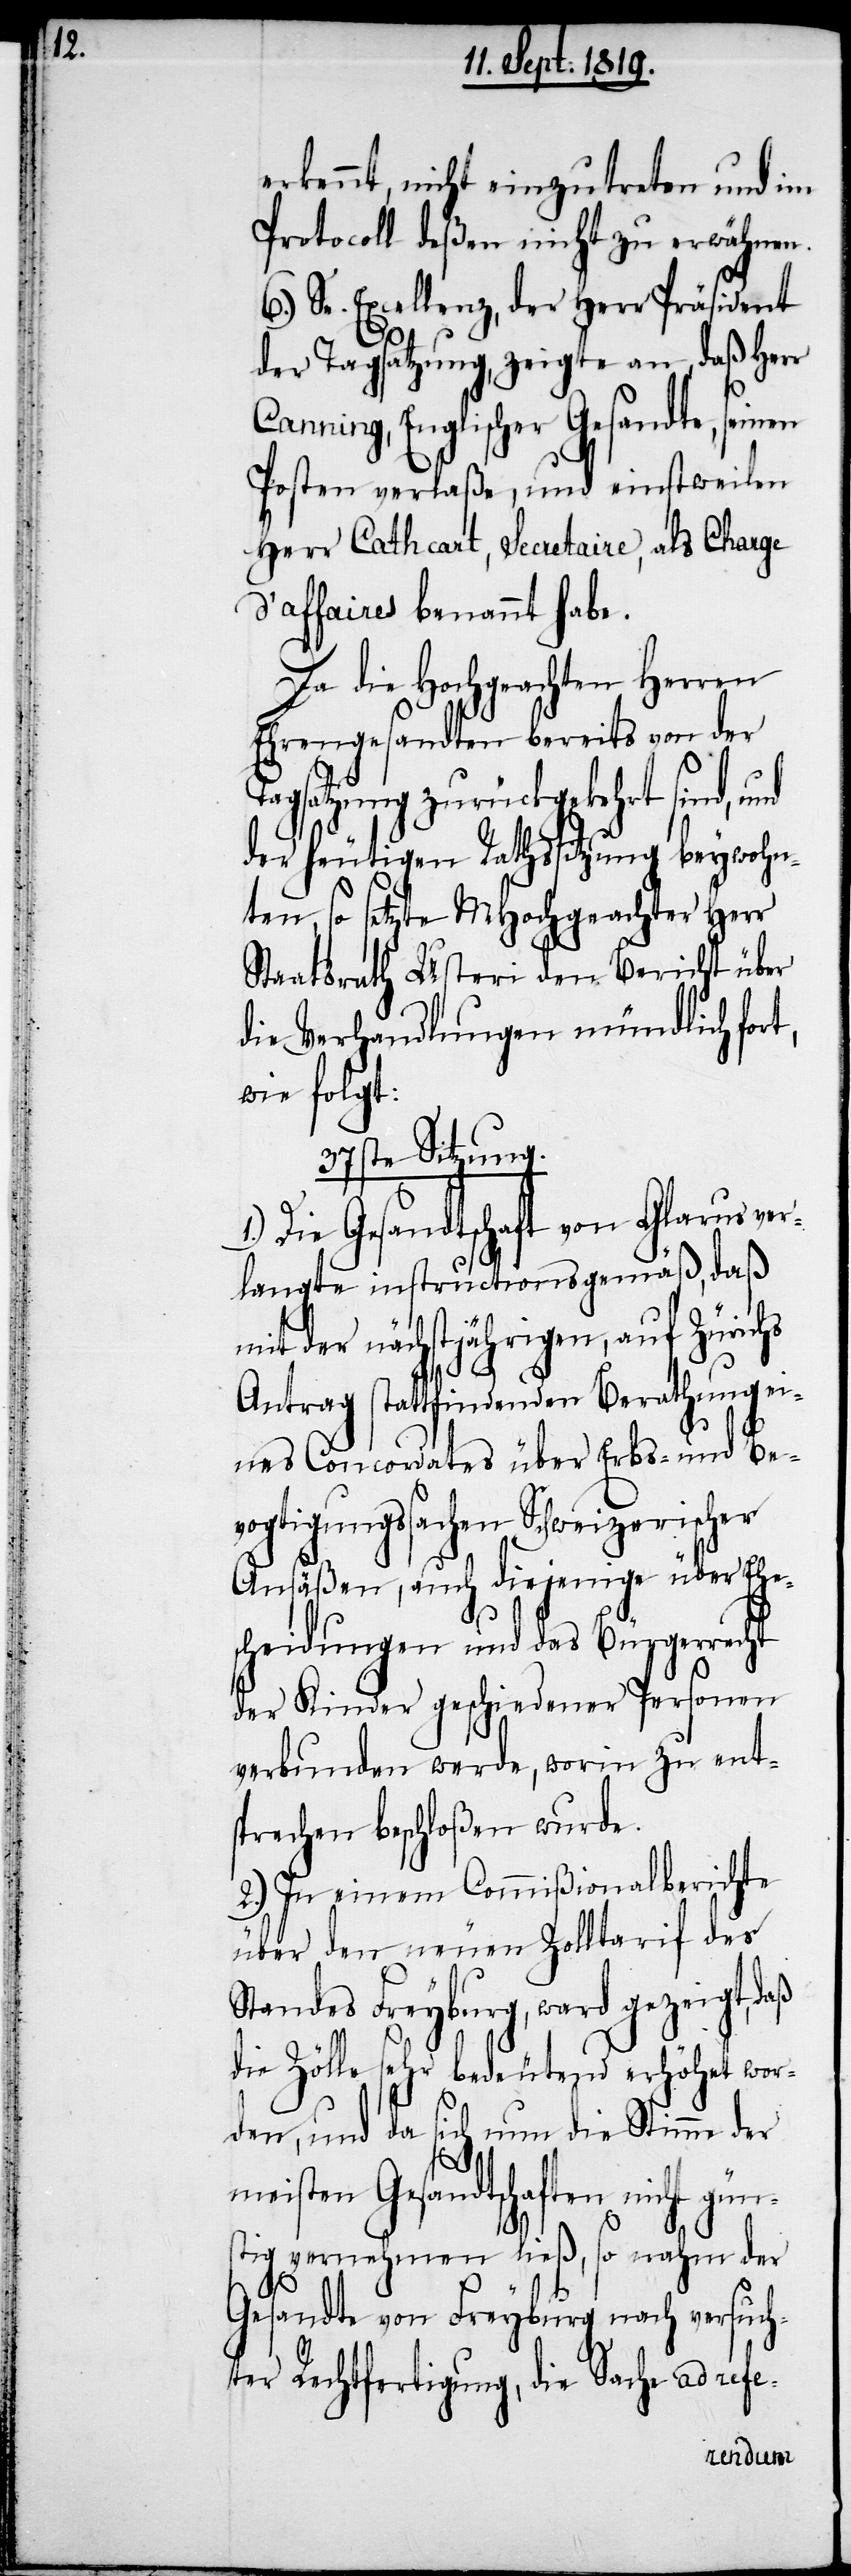
erkannt, nicht einzutreten und im
Procoll deßen nicht zu erwähnen.
6.) Se. Excellenz, der Herr Präsident
der Tagsatzung, zeigte an, daß Herr
Canning, Englischer Gesandte, seinen
Posten verlaße, und einstweilen
Herr Cathart, Secretaire, als Charge
d’affaires benannt habe.
Da die Hochgeachten Herren
Ehrengesandten bereits von der
Tagsatzung zurückgekehrt sind, und
der heutigen Rathssitzung beywohn¬
ten, so setzte MHochgeachter Herr
Staatsrath Usteri den Bericht über
die Verhandlungen mündlich fort,
wie folgt:
37ste Sitzung.
1.) Die Gesandtschaft von Glarus ver¬
langte instructionsgemäß, daß
mit der nächstjährigen, auf Zürichs
Antrag stattfindenden Berathung ei¬
nes Concordates über Erbs- und Be¬
vogtigungssachen Schweizerischer
Ansäßen, auch diejenige über Ehe¬
scheidungen und das Bürgerrecht
der Kinder geschiedener Personen
verbunden werde, worin zu ent¬
sprechen beschloßen wurde.
2.) In einem Commißionalberichte
über den neuen Zolltarif des
Standes Feyburg, ward gezeigt, daß
die Zölle sehr bedeutend erhöhet wor¬
den, und da sich nun die Stimme der
meisten Gesandtschaften
tig vernehmen ließ, so nahm der
Gesandte von Feyburg nach versuch¬
ter Rechtfertigung, die Sache ad refe-
güns¬